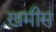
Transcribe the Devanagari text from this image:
ख़मीस